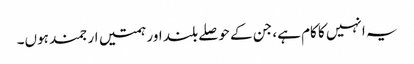
یہ انہیں کا کام ہے، جن کے حوصلے بلند اور ہمتیں ارجمند ہوں۔